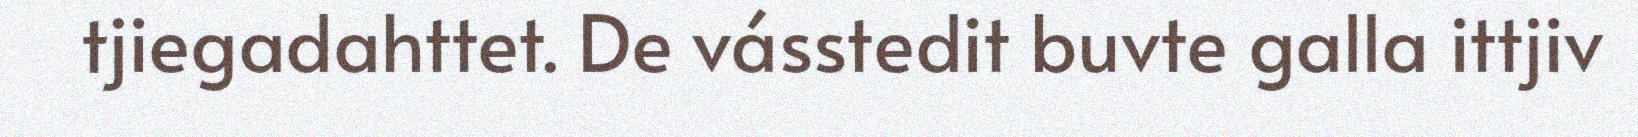
tjiegadahttet. De vásstedit buvte galla ittjiv